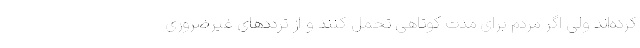
کرده‌اند ولی اگر مردم برای مدت کوتاهی تحمل‌ کنند و از ترددهای غیرضروری